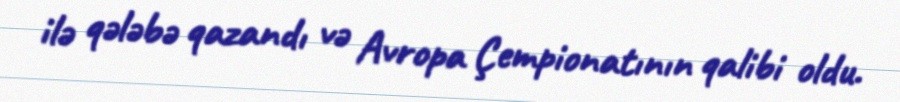
ilə qələbə qazandı və Avropa Çempionatının qalibi oldu.